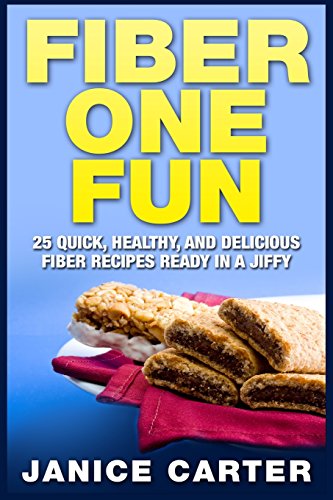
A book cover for Fiber One Fun: 25 Quick, Healthy, and Delicious Fiber Recipes Ready in a Jiffy; Janice Carter; Health, Fitness & Dieting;